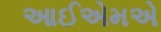
આઈએમએ